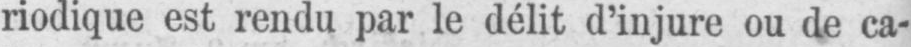
riodique est rendu par le délit d’injure ou de ca-